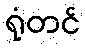
ရုံတင်